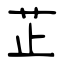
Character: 芷